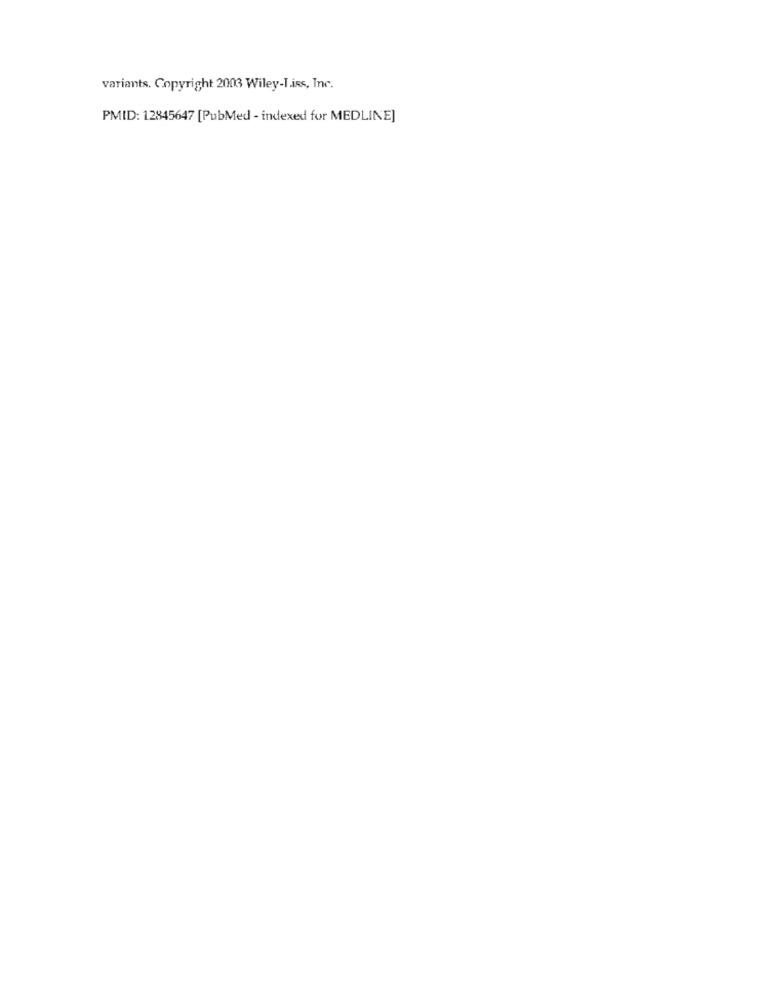
variants. Copyright 2003 Wiley-I.ins, Inc.
PMID: 12845647 [PubMed - indexed for MEDLINE]